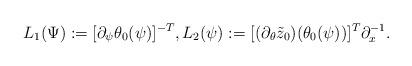
LaTeX: \begin{align*}L_1(\Psi):=[\partial_{\psi} \theta_0(\psi)]^{-T}, L_2(\psi):=[(\partial_{\theta} \tilde{z}_0)(\theta_0(\psi))]^T \partial_x^{-1}.\end{align*}